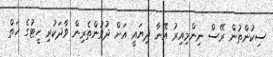
ސިކުންތުން ރޭސް ނިންމިއިރު އޭނާ ދިޔައީ އަށް ދުވުންތެރިން ވާދަކުރި ހީޓުގެ ހަތް